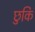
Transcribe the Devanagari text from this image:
छुकि